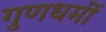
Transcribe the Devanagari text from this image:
गुणधर्मी